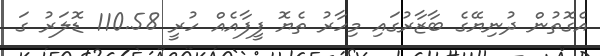
އެގޮތުން ދުނިޔޭގެ ބާޒާރުގައި މިހާރު ތެޔޮ ފީފާއެއް ހުރީ 110.58 ޑޮލަރު ގަ